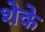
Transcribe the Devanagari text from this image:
शेके